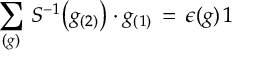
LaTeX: \sum _ { ( g ) } \, S ^ { - 1 } \big ( g _ { ( 2 ) } \big ) \cdot g _ { ( 1 ) } \, = \, \epsilon ( g ) \, 1